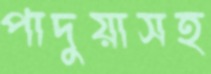
পাদুয়াসহ